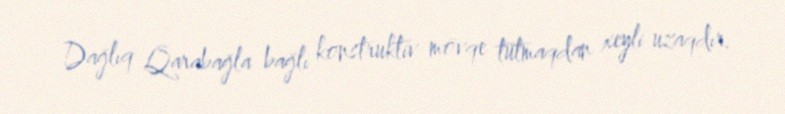
Dağlıq Qarabağla bağlı konstruktiv mövqe tutmaqdan xeyli uzaqdır.